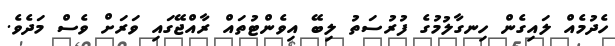
ހެދުމެއް ލައިގެން ހިނގާލުމުގެ ފުރުސަތު ލިބޭ އިވެންޓުތައް ރާއްޖޭގައި ވަރަށް ވެސް މަދެވެ.